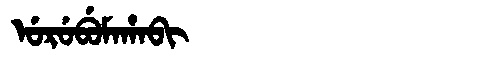
Manchu: ᡠᡵᡠᠪᡠᠮᠠᡥᠠᠪᡳ
Romanization: URUBUMAHABI